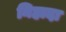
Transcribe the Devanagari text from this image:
निहादा